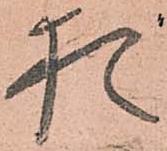
猶